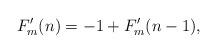
LaTeX: \begin{align*}F'_m(n)=-1+F'_m(n-1),\end{align*}